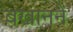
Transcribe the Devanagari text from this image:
बखानने